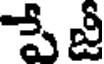
పే జీ